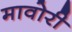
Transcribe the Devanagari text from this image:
मावोरी